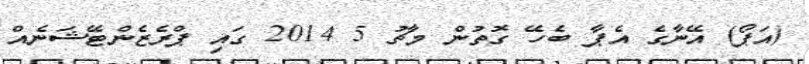
(އަޕޯ) އޭނާގެ އެޕާ ބެހޭ ގޮތުން މާޗު 5 2014 ގައި ޕްރެޒެންޓޭޝަނެއް